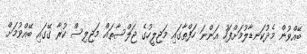
ބޭއްވުން މެދުކަނޑާލުމަށްފަހު އަންނަ ހަފްތާގައި މަޖިލީހުގެ ޖަލްސާތައް މަޖިލިސް ކުރާ ގޭގައި ބޭއްވުމަށް